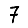
Digit: 7